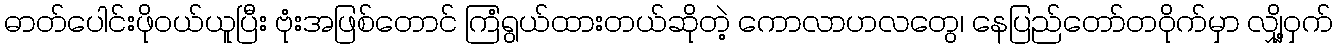
ဓာတ်ပေါင်းဖိုဝယ်ယူပြီး ဗုံးအဖြစ်တောင် ကြံရွယ်ထားတယ်ဆိုတဲ့ ကောလာဟလတွေ၊ နေပြည်တော်တဝိုက်မှာ လျှို့ဝှက်